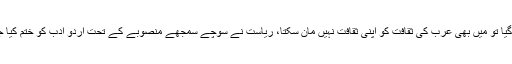
رضا ربانی نے کہا کہ ’’پاکستانی قومیتوں کی ثقافتوں کو تسلیم نہیں کیا گیا تو میں بھی عرب کی ثقافت کو اپنی ثقافت نہیں مان سکتا، ریاست نے سوچے سمجھے منصوبے کے تحت اردو ادب کو ختم کیا جس کا عوام کو احساس ہے اور اب اس معاملے پر آواز اٹھانا لازم ہے‘‘۔